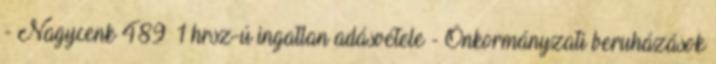
- Nagycenk 489 1 hrsz-ú ingatlan adásvétele - Önkormányzati beruházások